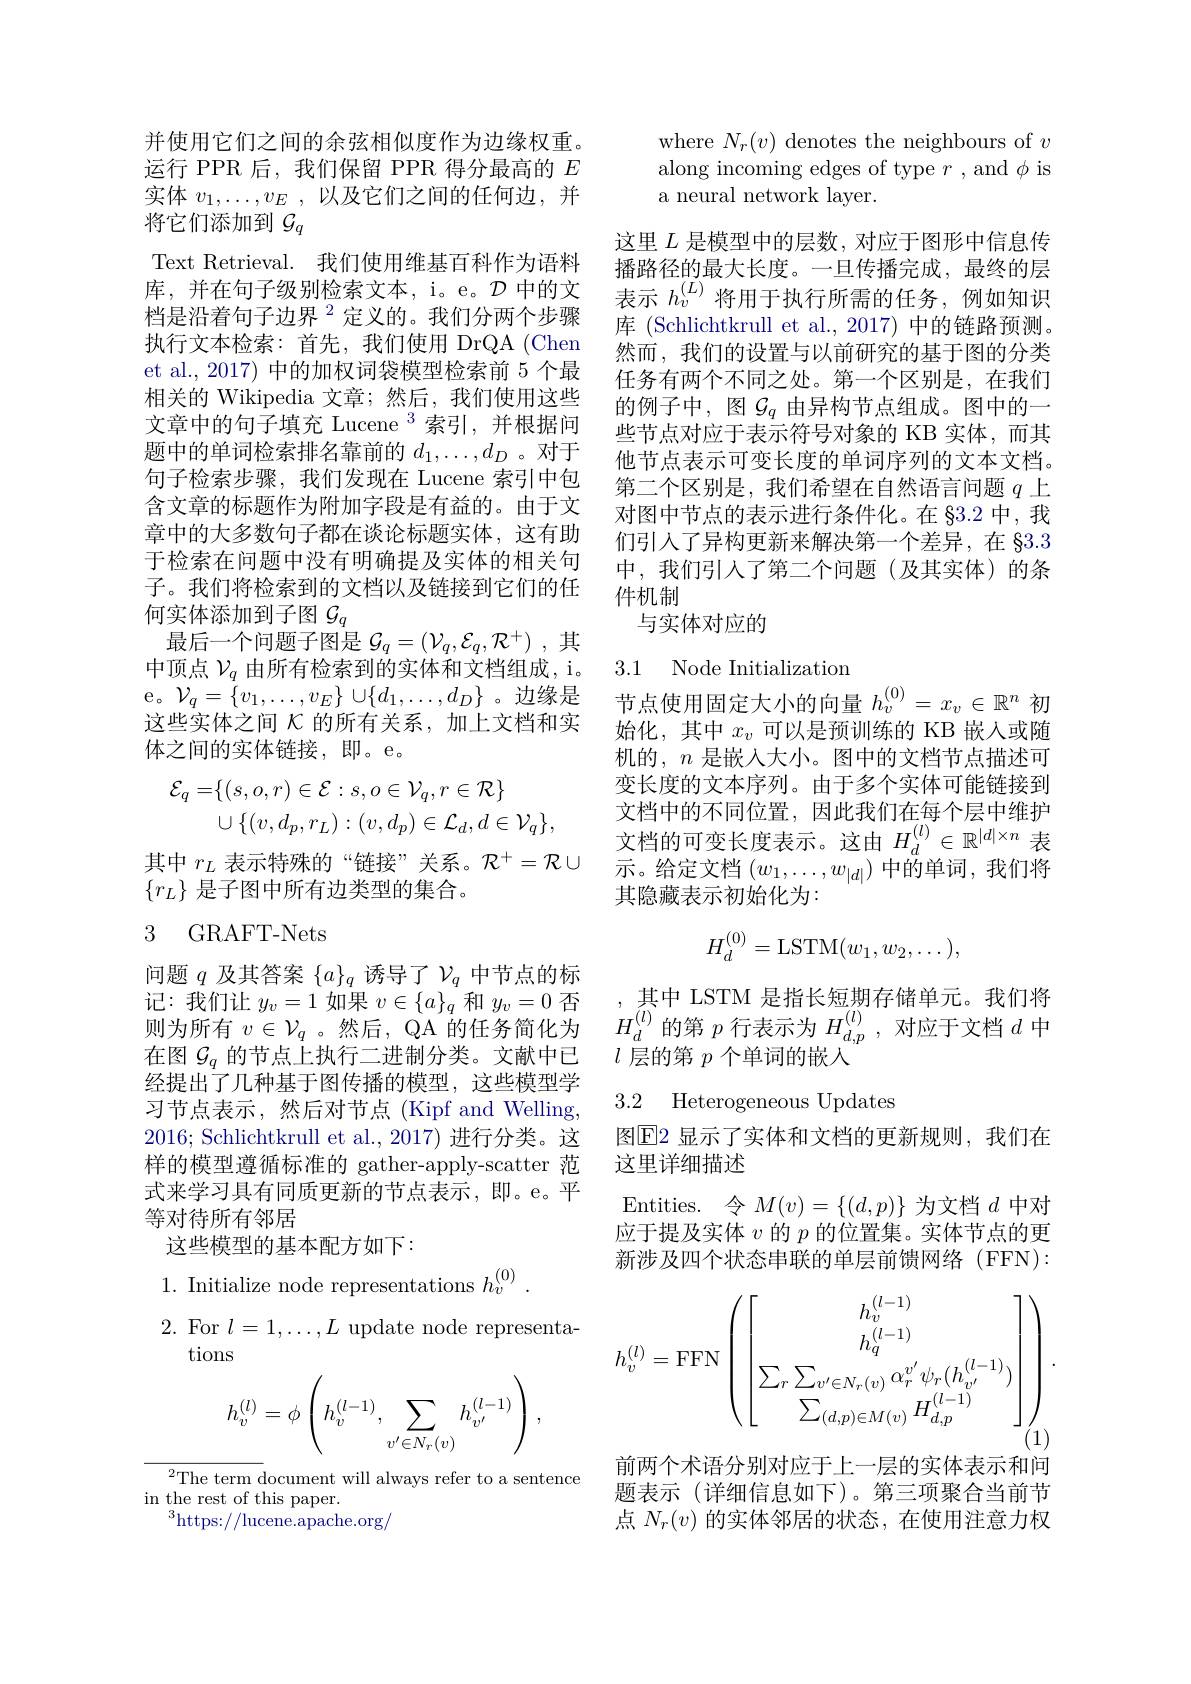
并使用它们之间的余弦相似度作为边缘权重。运行 PPR 后，我们保留 PPR 得分最高的$E$ 实体$v_1,\ldots,v_E$ ,以及它们之间的任何边，并将它们添加到$\mathcal{G}_q$
Text Retrieval. 我们使用维基百科作为语料库，并在句子级别检索文本，i。e。$\mathcal{D}$中的文档是沿着句子边界$^{2}$定义的。我们分两个步骤执行文本检索：首先，我们使用 DrQA (Chen et al., 2017) 中的加权词袋模型检索前 5 个最相关的 Wikipedia 文章；然后，我们使用这些文章中的句子填充 Lucene $^{3}$索引，并根据问题中的单词检索排名靠前的$d_1,\ldots,d_D$ 。对于句子检索步骤，我们发现在 Lucene 索引中包含文章的标题作为附加字段是有益的。由于文章中的大多数句子都在谈论标题实体，这有助于检索在问题中没有明确提及实体的相关句子。我们将检索到的文档以及链接到它们的任何实体添加到子图$\mathcal{G}_q$
最后一个问题子图是$\mathcal{G} _q= ( \mathcal{V} _q, \mathcal{E} _q, \mathcal{R} ^+ )$ ,其中顶点$\mathcal{V}_q$由所有检索到的实体和文档组成，i。e。$\mathcal{V}_q=\{v_1,\ldots,v_E\}\cup\{d_1,\ldots,d_D\}$。边缘是这些实体之间$\mathcal{K}$的所有关系，加上文档和实体之间的实体链接，即。e。
$$\begin{aligned}\mathcal{E}_{q}=&\{(s,o,r)\in\mathcal{E}:s,o\in\mathcal{V}_{q},r\in\mathcal{R}\}\\&\cup\{(v,d_{p},r_{L}):(v,d_{p})\in\mathcal{L}_{d},d\in\mathcal{V}_{q}\},\end{aligned}$$
其中$r_L$表示特殊的“链接”关系。$\mathcal{R}^+=\mathcal{R}\cup$
$\{r_L\}$是子图中所有边类型的集合。

## 3 GRAFT-Nets

问题$q$及其答案$\{a\}_q$诱导了$\mathcal{V}_q$中节点的标记：我们让$y_v=1$如果$v\in\{a\}_q$和$y_v=0$否则为所有$v\in\mathcal{V}_q$ 。然后，QA 的任务简化为在图$\mathcal{G}_q$的节点上执行二进制分类。文献中已经提出了几种基于图传播的模型，这些模型学习节点表示，然后对节点(Kipf and Welling, 2016; Schlichtkrull et al., 2017) 进行分类。这样的模型遵循标准的 gather-apply-scatter 范式来学习具有同质更新的节点表示，即。e。平等对待所有邻居
这些模型的基本配方如下：

1. Initialize node representations $h_v^{( 0) }$ .
$\begin{array}{ll}2.&\mathrm{For~}l=1,\ldots,L\text{ update node representa-}\\&\mathrm{tions}\end{array}$
$$h_{v}^{(l)}=\phi\left(h_{v}^{(l-1)},\sum_{v^{\prime}\in N_{r}(v)}h_{v^{\prime}}^{(l-1)}\right),$$
$^{2}$The term document will always refer to a sentence
in the rest of this paper.
$^3$https://lucene.apache.org/

where $N_r(v)$ denotes the neighbours of $v$ along incoming edges of type $r$ , and $\phi$ is a neural network layer.

这里$L$是模型中的层数，对应于图形中信息传播路径的最大长度。一旦传播完成，最终的层表示$h_v^{(L)}$将用于执行所需的任务，例如知识库 (Schlichtkrull et al., 2017) 中的链路预测。然而，我们的设置与以前研究的基于图的分类任务有两个不同之处。第一个区别是，在我们的例子中，图$\mathcal{G}_q$由异构节点组成。图中的一些节点对应于表示符号对象的 KB 实体，而其他节点表示可变长度的单词序列的文本文档。第二个区别是，我们希望在自然语言问题$q$上对图中节点的表示进行条件化。在 §3.2 中，我们引入了异构更新来解决第一个差异，在 83.3中，我们引人了第二个问题(及其实体)的条件机制
与实体对应的

## 3.1 Node Initialization
节点使用固定大小的向量$h_v^{(0)}=x_v\in\mathbb{R}^n$初

始化，其中$x_v$可以是预训练的 KB 嵌入或随机的，$n$是嵌入大小。图中的文档节点描述可变长度的文本序列。由于多个实体可能链接到文档中的不同位置，因此我们在每个层中维护文档的可变长度表示。这由$H_d^{(l)}\in\mathbb{R}^{|d|\times n}$表示。给定文档$(w_1,\ldots,w_{|d|})$中的单词，我们将其隐藏表示初始化为：
$$H_d^{(0)}=\text{LSTM}(w_1,w_2,\dots),$$
,其中 LSTM 是指长短期存储单元。我们将$H_d^{(l)}$的第$p$行表示为$H_d,p^{(l)}$,对应于文档$d$中$l$层的第$p$个单词的嵌人

### 3.2 Heterogeneous Updates

图$\overline{\mathrm{E}}$2 显示了实体和文档的更新规则，我们在
这里详细描述

Entities. 令$M(v)=\{(d,p)\}$为文档$d$中对应于提及实体$v$的$p$的位置集。实体节点的更新涉及四个状态串联的单层前馈网络(FFN):
$$h_v^{(l)}=\mathrm{FFN}\left(\begin{bmatrix}h_v^{(l-1)}\\h_q^{(l-1)}\\\sum_r\sum_{v'\in N_r(v)}\alpha_r^{v'}\psi_r(h_{v'}^{(l-1)})\\\sum_{(d,p)\in M(v)}H_{d,p}^{(l-1)}\end{bmatrix}\right).$$
前两个术语分别对应于上一层的实体表示和问题表示 (详细信息如下)。第三项聚合当前节点$N_r(v)$的实体邻居的状态，在使用注意力权